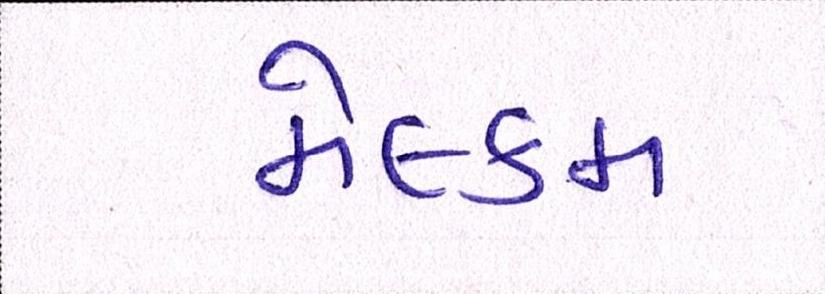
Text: મેલ્કમ